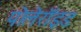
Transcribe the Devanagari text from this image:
पोलेरॉइड